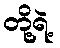
တို့ရဲ့